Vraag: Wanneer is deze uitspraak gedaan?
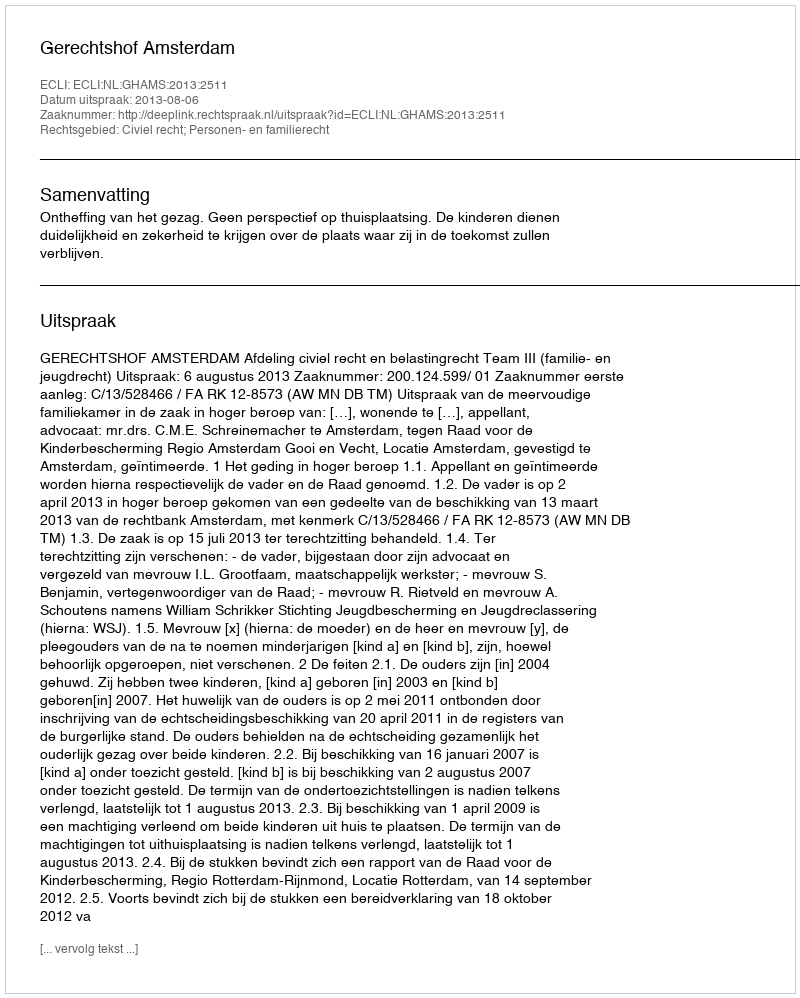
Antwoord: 2013-08-06